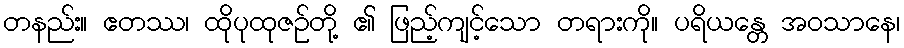
တနည်း။ ဧတဿ၊ ထိုပုထုဇဉ်တို့ ၏ ဖြည့်ကျင့်သော တရားကို။ ပရိယန္တေ အဝသာနေ၊